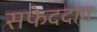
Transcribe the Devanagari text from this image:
सफेददाग